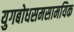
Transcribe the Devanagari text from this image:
युगबोधसमसामयिक